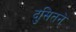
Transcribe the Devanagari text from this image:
दुसितने